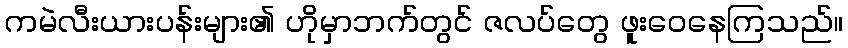
ကမဲလီးယားပန်းများ၏ ဟိုမှာဘက်တွင် ဇလပ်တွေ ဖူးဝေနေကြသည်။